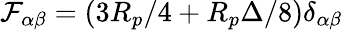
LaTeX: \mathcal{F}_{\alpha\beta}=(3R_{p}/4+R_{p}\Delta/8)\delta_{\alpha\beta}